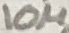
Text: 10µ